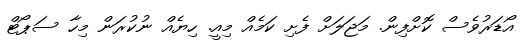
އޯޑަރުވެސް ކޮށްފިން. މަޖަލަށް ފެށި ކަމެއް މިއީ. ހިޔެއް ނުކުރަން މިހާ ސަޕޯޓް